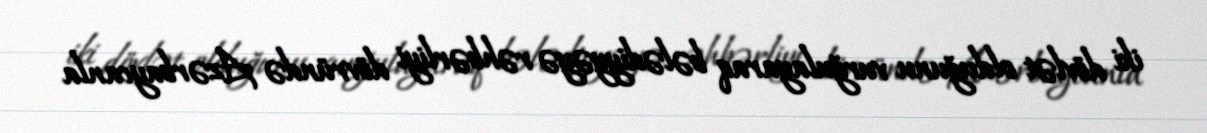
iki dövlət olduğunu vurğulayaraq bələdiyyəyə rəhbərliyi dövründə Azərbaycanla